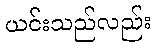
ယင်းသည်လည်း